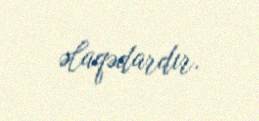
əlaqədardır.